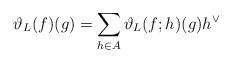
LaTeX: \begin{align*}\vartheta_L(f)(g)=\sum_{h\in A}\vartheta_L(f; h)(g)h^\vee\end{align*}